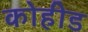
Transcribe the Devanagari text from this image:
कोहीड